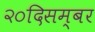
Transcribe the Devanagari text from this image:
२०दिसम्बर